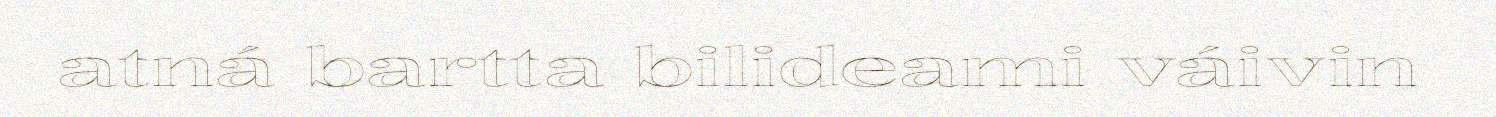
atná bartta bilideami váivin